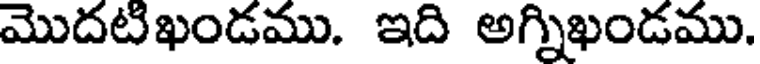
మొదటిఖండము. ఇది అగ్నిఖండము.